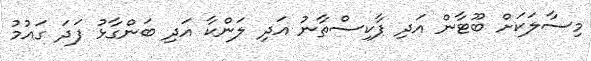
މިސާލަކަށް ބޫޓާން އަދި ޕާކިސްތާނު އަދި ލަންކާ އަދި ބަންގާޅު ފަދަ ގައުމު